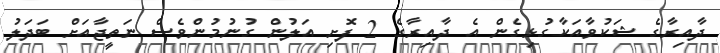
ދާއިރާގެ ޝަކުވާއަކާގުޅިގެން އެ ދާއިރާގެ 2 ފޮށި އަލުން ގުނުމުންވެސް ނަތީޖާއަށް ބަދަލު